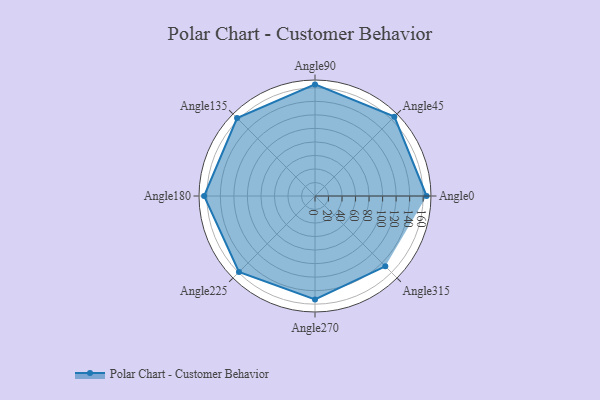
{"axis": {"x": "Angle", "y": "Radius"}, "legend": [""], "data": [{"x": "Angle0", "y": 165.0, "type": ""}, {"x": "Angle45", "y": 166.0, "type": ""}, {"x": "Angle90", "y": 165.0, "type": ""}, {"x": "Angle135", "y": 163.0, "type": ""}, {"x": "Angle180", "y": 164.0, "type": ""}, {"x": "Angle225", "y": 159.0, "type": ""}, {"x": "Angle270", "y": 153.0, "type": ""}, {"x": "Angle315", "y": 147.0, "type": ""}]}